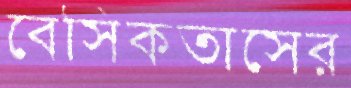
বেসিকতাসের